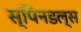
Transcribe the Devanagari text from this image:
स्पिनडल्स